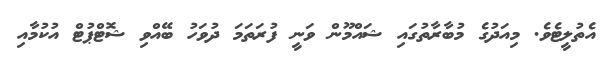
އެތުލީޓެވެ. މިއަދުގެ މުބާރާތުގައި ޝައްމޫން ވަނީ ފުރަތަމަ ދުވަހު ބޭއްވި ޝޮޓްޕުޓް އުކުމާއި